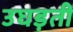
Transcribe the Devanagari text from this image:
उघड़ती